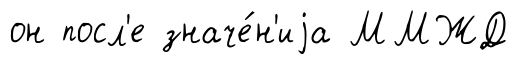
он посл'е значе́н'иjа ММЖД